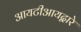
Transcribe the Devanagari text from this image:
आयटीआयद्वारे